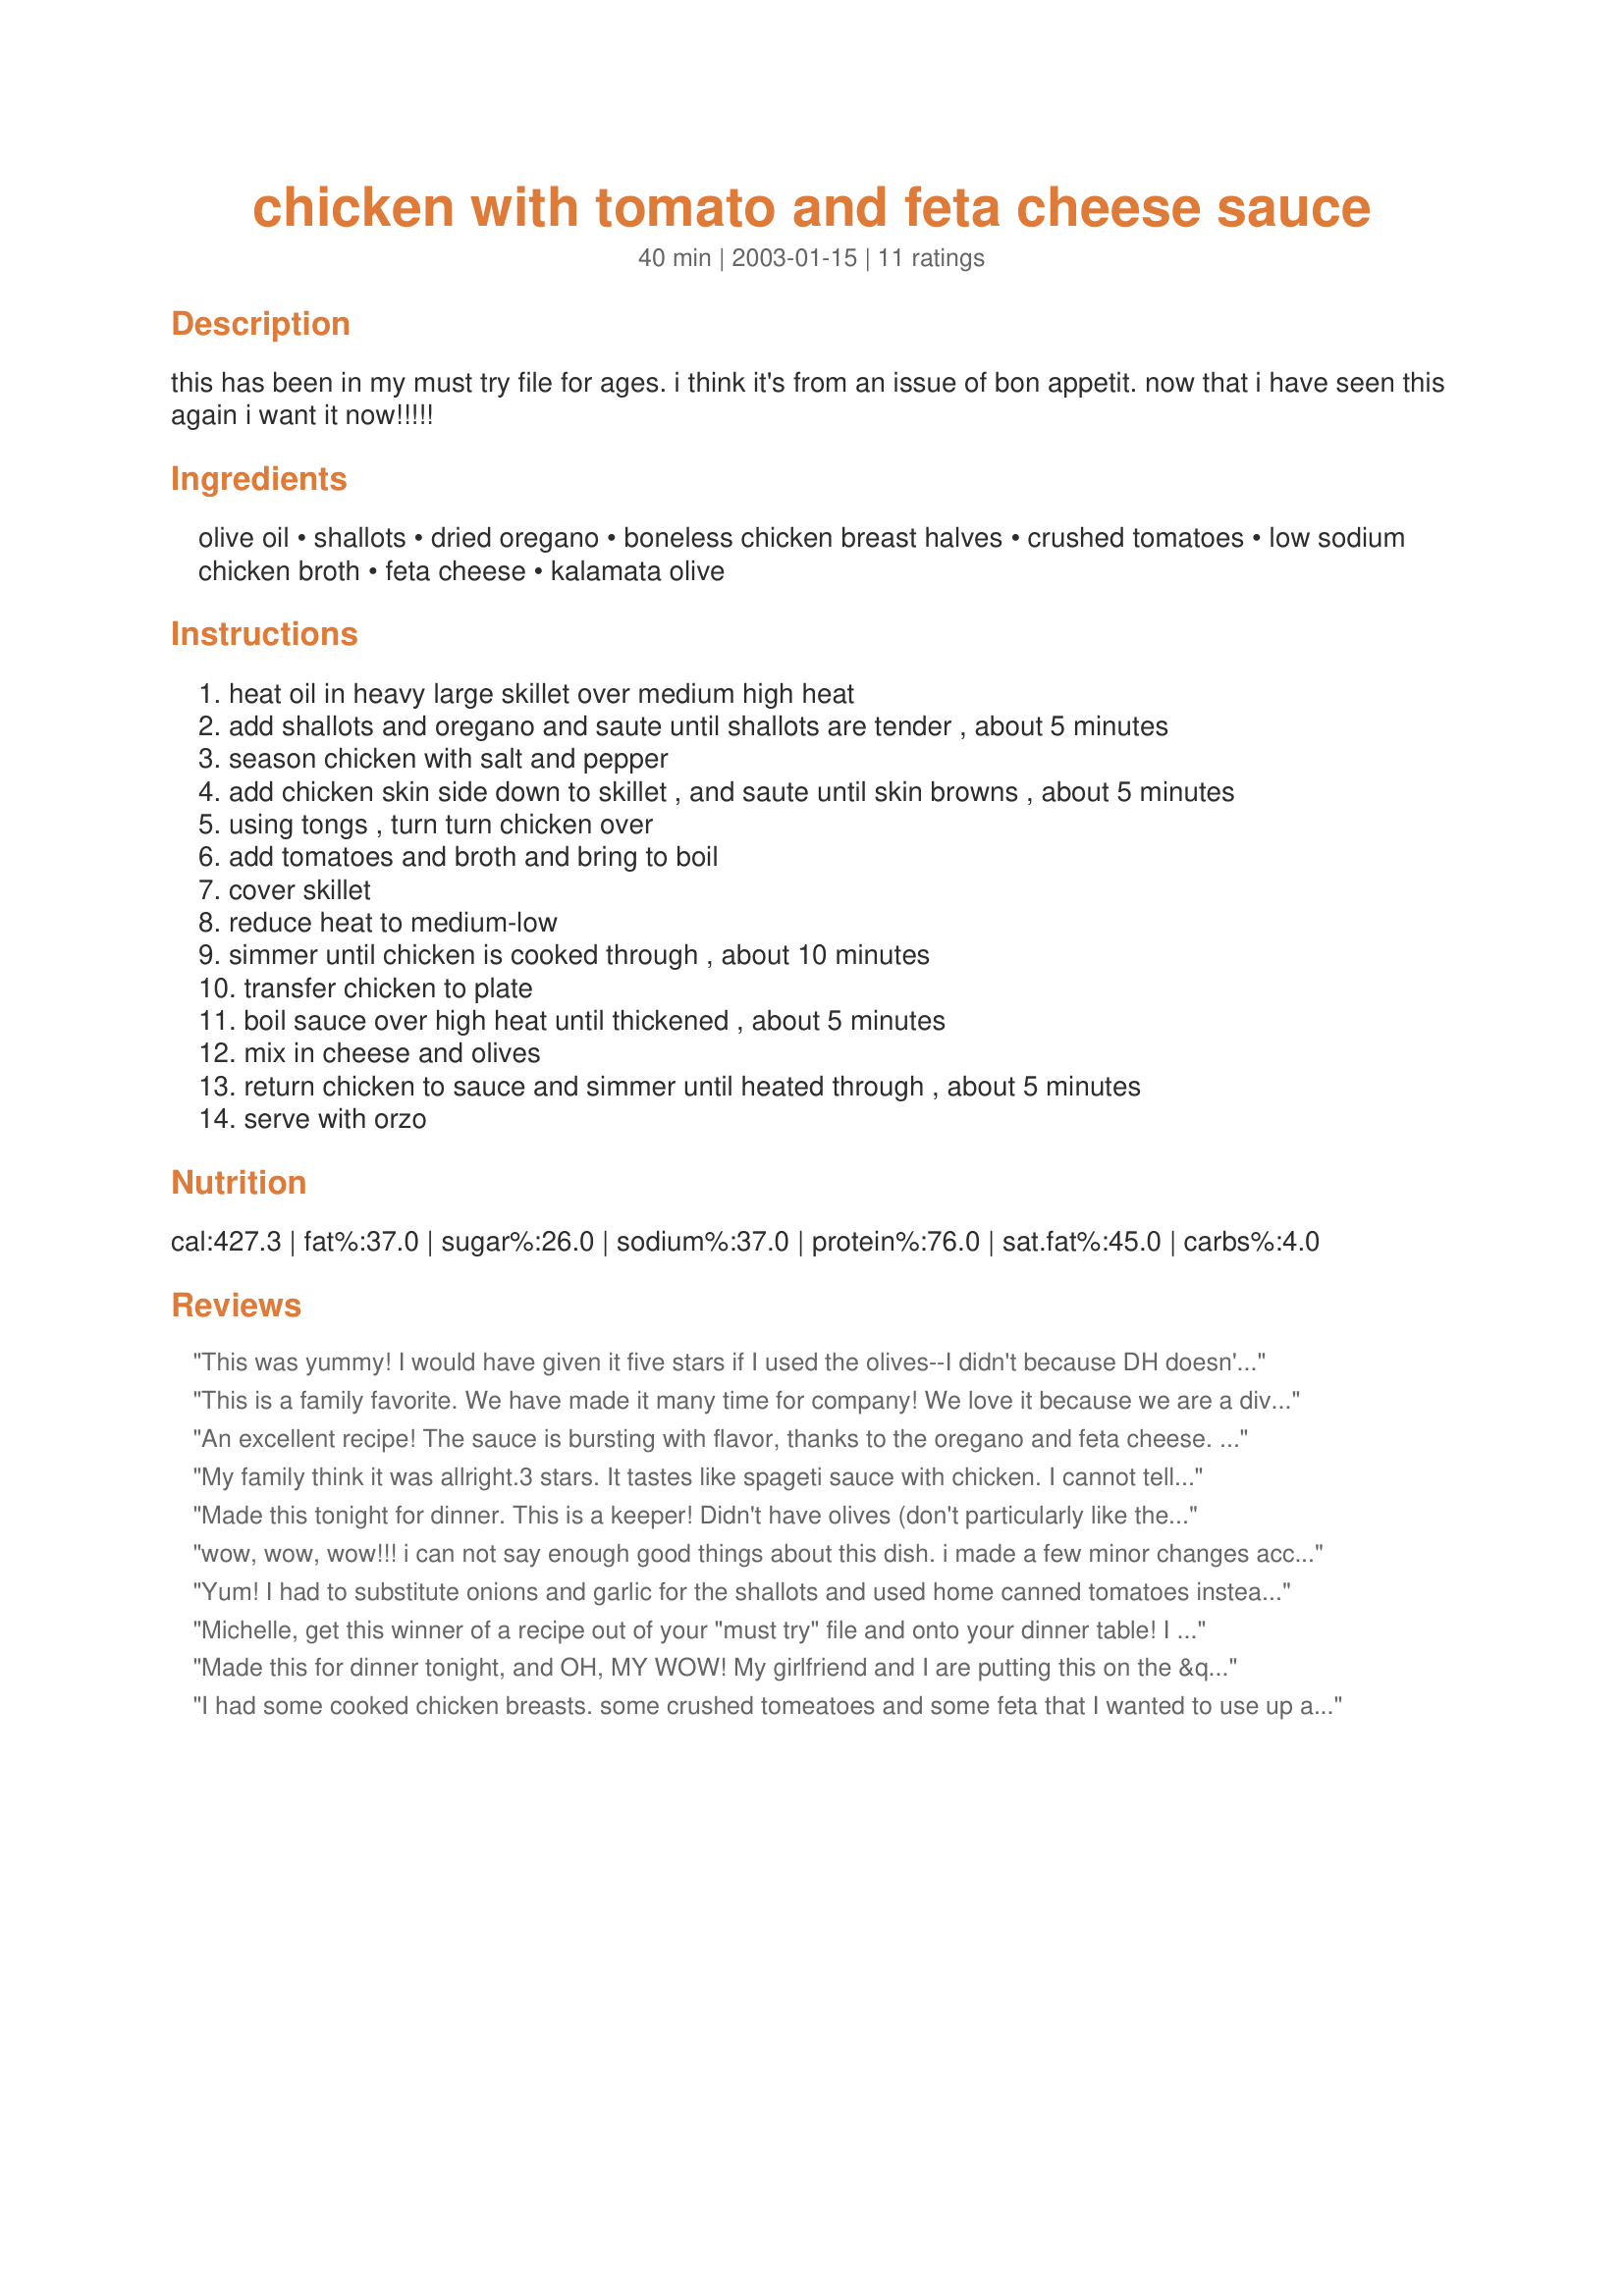
chicken with tomato and feta cheese sauce
Preparation time: 40 minutes

this has been in my must try file for ages. i think it's from an issue of bon appetit. now that i have seen this again i want it now!!!!!

Ingredients:
olive oil, shallots, dried oregano, boneless chicken breast halves, crushed tomatoes, low sodium chicken broth, feta cheese, kalamata olive

Steps:
heat oil in heavy large skillet over medium high heat
add shallots and oregano and saute until shallots are tender , about 5 minutes
season chicken with salt and pepper
add chicken skin side down to skillet , and saute until skin browns , about 5 minutes
using tongs , turn turn chicken over
add tomatoes and broth and bring to boil
cover skillet
reduce heat to medium-low
simmer until chicken is cooked through , about 10 minutes
transfer chicken to plate
boil sauce over high heat until thickened , about 5 minutes
mix in cheese and olives
return chicken to sauce and simmer until heated through , about 5 minutes
serve with orzo

Reviews:
This was yummy! I would have given it five stars if I used the olives--I didn't because DH doesn't like them...oh well. But super easy to make and I believe pretty healthy too. I also used chicken tenders instead of a breast with bone and skin. Came delish!
This is a family favorite. We have made it many time for company! We love it because we are a divided family 1 vegeterian and 2 carnivores, this is easy to prepare leaving the chicken on the side so that everyone is happy. I do add about 1/4 cup dry red wine to it.
An excellent recipe! The sauce is bursting with flavor, thanks to the oregano and feta cheese. The chicken was tender, and the dish looked as beautiful as it tasted. I served it over orzo, as suggested, and we had a lovely Greek-style dish. Thanks for sharing this wonderful recipe.
My family think it was allright.3 stars. It tastes like spageti sauce with chicken. I cannot tell much flavor from feta cheese, after adding into the sauce. Nothing bad , but not as good as other people praised. I certainly would not cook this for guests.
Made this tonight for dinner. This is a keeper! Didn't have olives (don't particularly like them) but loved the flavors. Since we are low-carbing I served it over cauliflower. This recipe is quick and easy.
wow, wow, wow!!! i can not say enough good things about this dish. i made a few minor changes according to what i had on hand. they are as follows: i used regular yellow onion thinly sliced and that was just fine. instead of canned tomatoes i diced tomatoes fresh from my garden. yum!! the only feta i had was a tomato basil and this was really yummy. i didn't have any olives and i don't think the dish suffered at all.... one last thing, i served this over toasted quinoa (recipe #16399) with steamed broccoli and that just pushed this over the top!!! i will make this again and again. thanks michelle
Yum! I had to substitute onions and garlic for the shallots and used home canned tomatoes instead of the crushed tomatoes which made the sauce a little thinner but still delicious. I didn't know if DH liked feta and was very happy when he said "wow". Definately will make again. Thanks.
Michelle, get this winner of a recipe out of your "must try" file and onto your dinner table!

I did do it a little different--I cut up boneless and skinless chicken breasts into chunks. The dish looked as good as it tasted. YUM!
Made this for dinner tonight, and OH, MY WOW! My girlfriend and I are putting this on the &quot;definitely a keeper&quot; list.
I had some cooked chicken breasts. some crushed tomeatoes and some feta that I wanted to use up and this recipe caught my eye. I made the sauce part and had to add some sundries tomatoes as there was not enought of my crushed tomatoes. After it simmered I added chunks of chicken. Omitted the oilves. Served over pasta. It's a keeper.
Excellent!!! I made a couple of substitutions. 3-4 tbs. chopped onions, and 2 minced cloves of garlic for the shallots. 1 can of diced tomatoes (with basil, garlic, with oregano seasoning). I cut back the dried oregano to 1 tsp. because my tomatoes were seasoned. Like Richard, I used chunks of boneless chicken breast. Thanks for a new favorite recipe! Sheree
